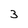
Character: 3